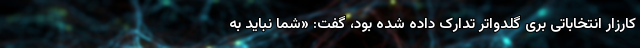
کارزار انتخاباتی بری گلدواتر تدارک داده شده بود، گفت: «شما نباید به